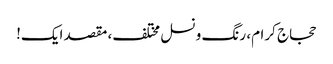
حجاج کرام، رنگ و نسل مختلف، مقصد ایک!